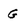
Character: G